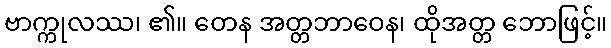
ဗာက္ကုလဿ၊ ၏။ တေန အတ္တဘာဝေန၊ ထိုအတ္တ ဘောဖြင့်။